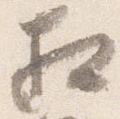
相